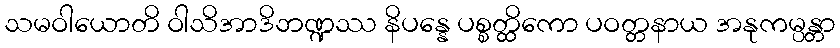
သမဝါယောတိ ဝါသိအာဒိဘဏ္ဍဿ နိပန္နေ ပစ္စတ္ထိကော ပဝတ္တနာယ အနုကမ္ပန္တာ